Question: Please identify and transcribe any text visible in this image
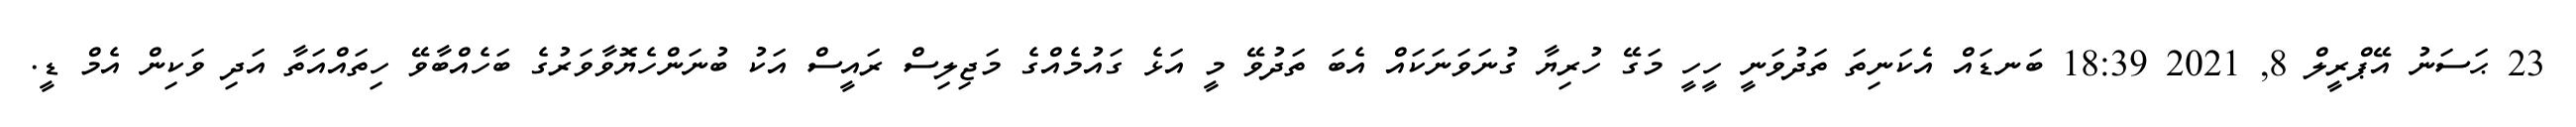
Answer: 23 ޙަސަނު އޭޕްރީލް 8, 2021 18:39 ބަނޑައް އެކަނިތަ ތަދުވަނީ ހީހީ މަގޭ ހުރިޔާ ގުނަވަނަކައް އެބަ ތަދުވޭ މީ އަޅެ ގައުމެއްގެ މަޖިލިސް ރައީސް އަކު ބުނަންހެޔޮވާވަރުގެ ބަހެއްބާވޭ ހިތައްއަތާ އަދި ވަކިން އެމް ޑީ.